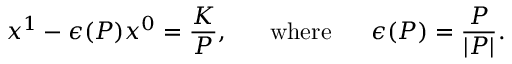
x ^ { 1 } - \epsilon ( P ) x ^ { 0 } = \frac { K } { P } , ~ ~ ~ ~ ~ \mathrm { w h e r e } ~ ~ ~ ~ ~ \epsilon ( P ) = \frac { P } { | P | } .